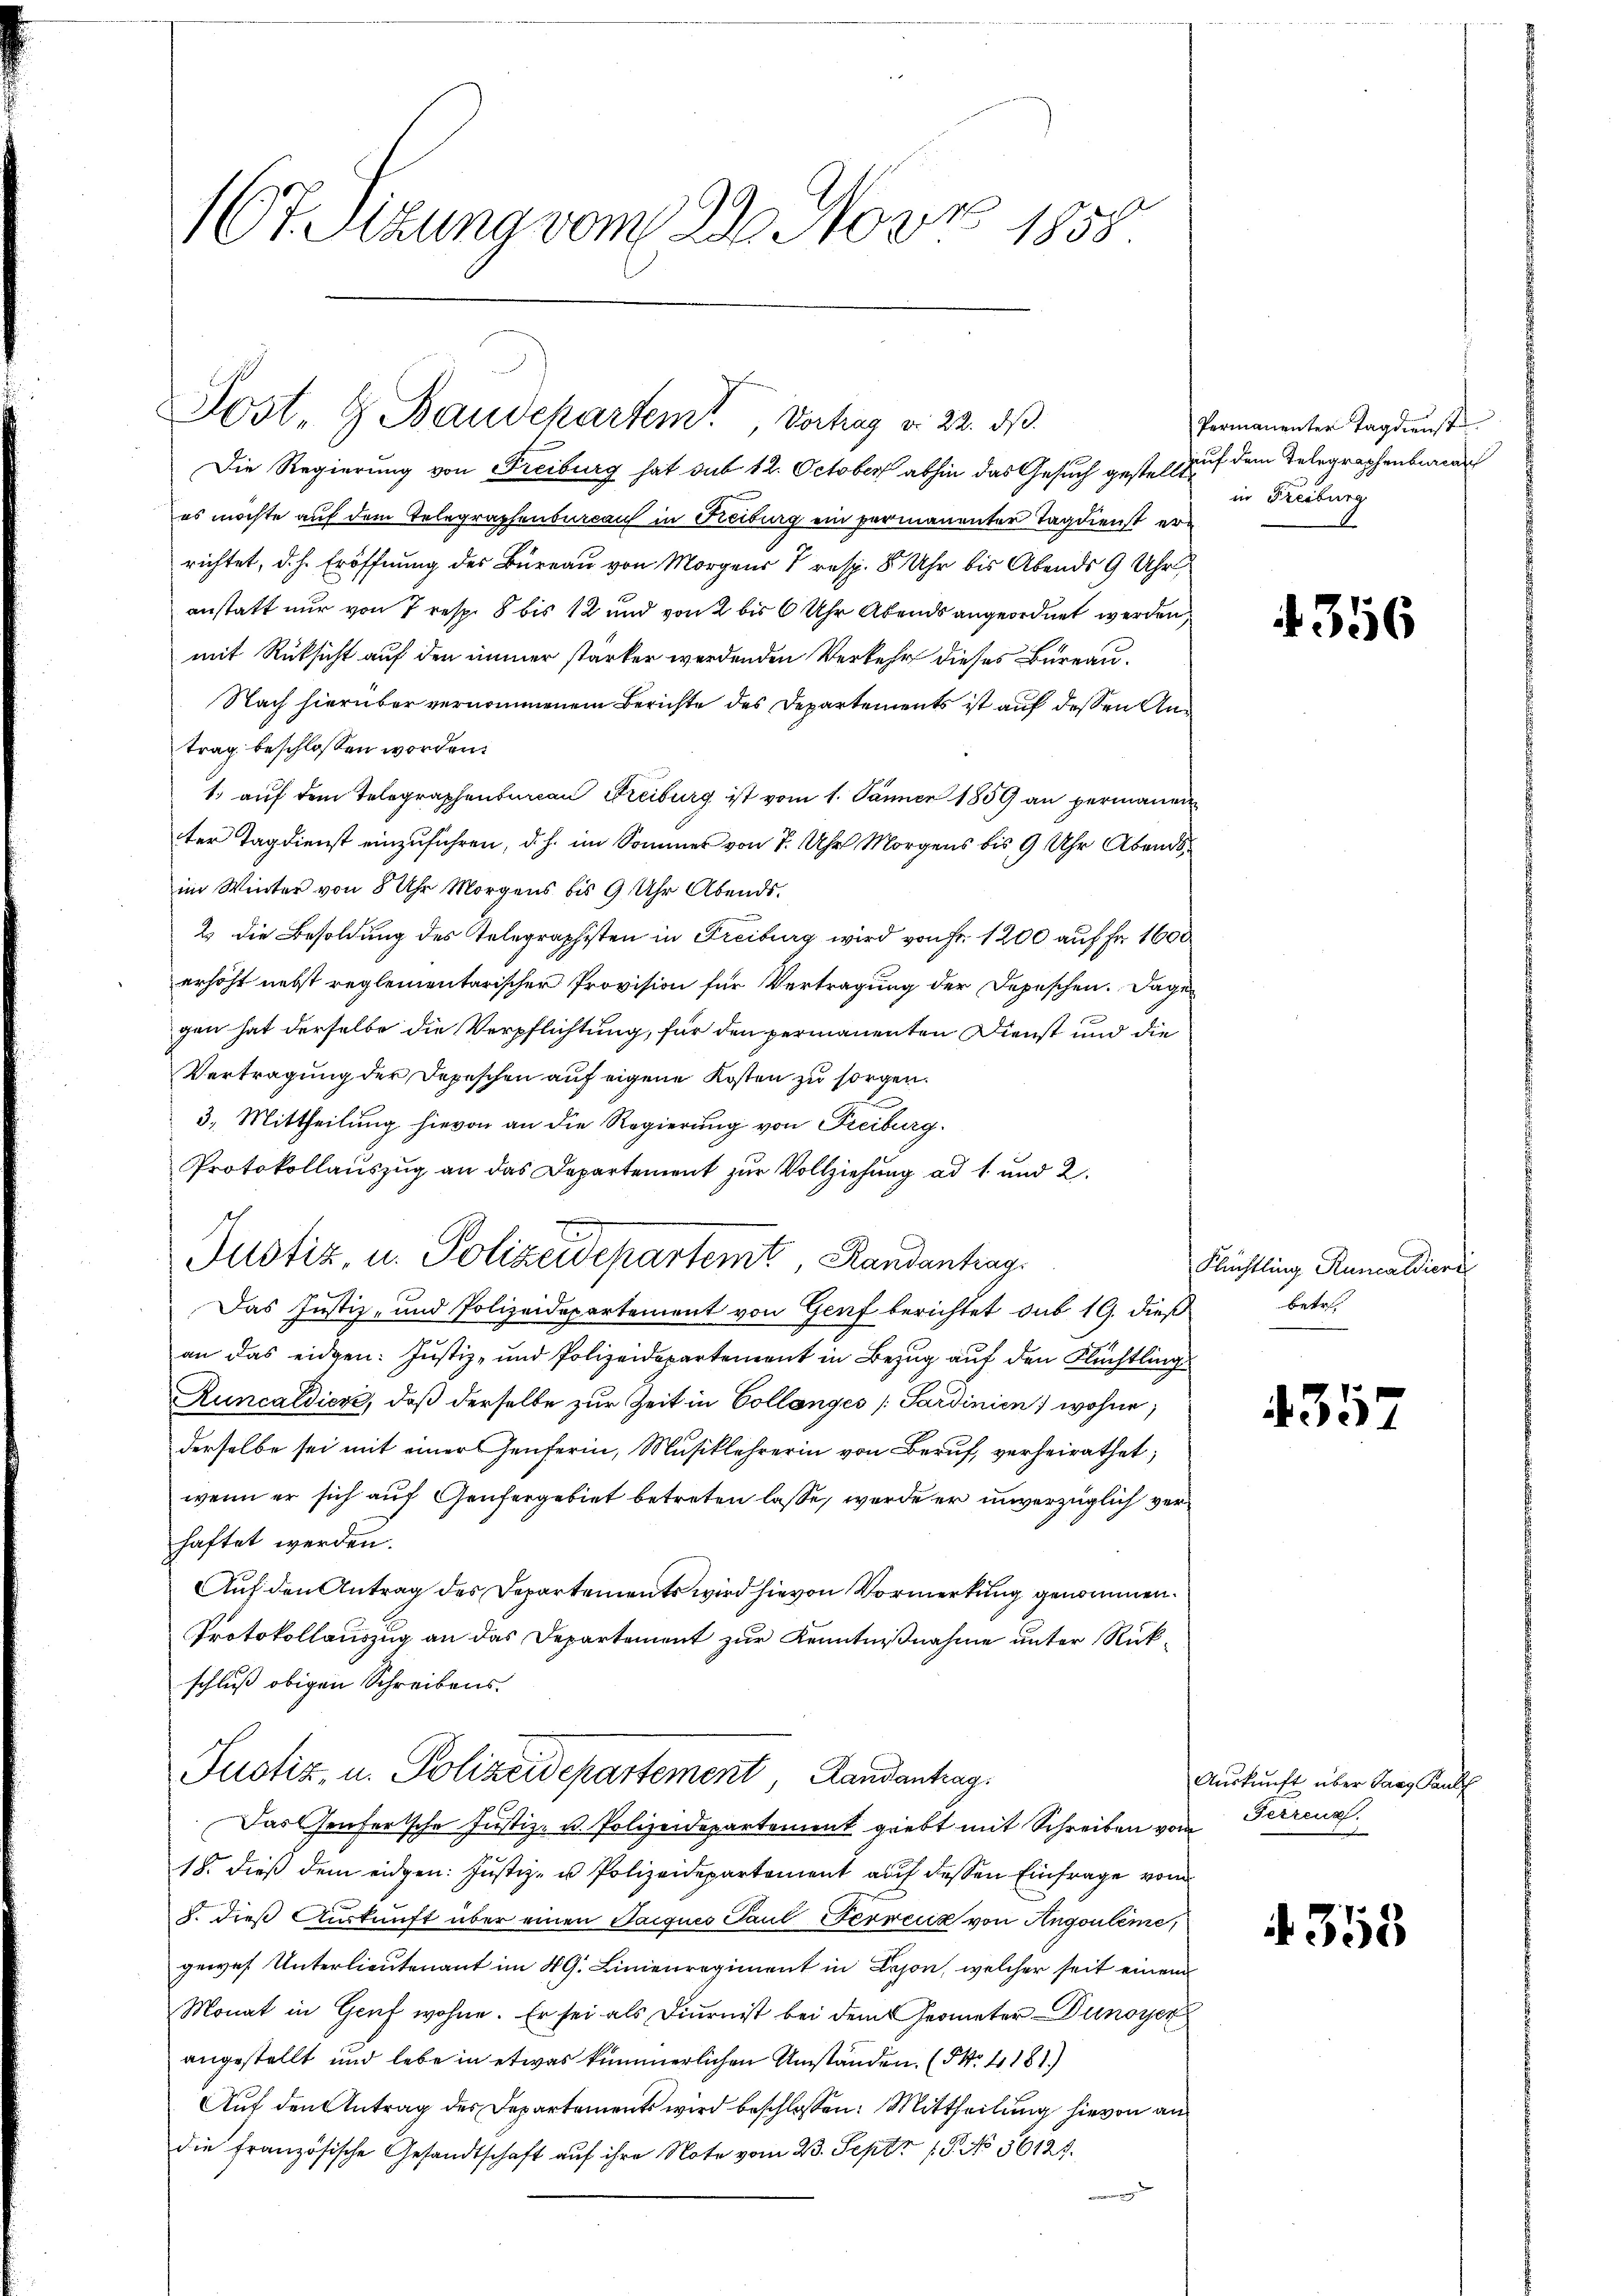
167. Sizung vom 23. Nov. 1858.

Post. G. Bandekartemt, Vortrag v. 22. ds.

Die Regierung von Freiburg hat sub 12. October abhin das Gesuch gestell auf dem Telegraphenburger
es möchte auf dem Telegraphenbureau in Freiburg ein permanenter Tagdienst errichtet, d. h. Eröffnung des Büreau von Morgens 7 resp. 8 Uhr bis Abends 9 Uhr
anstatt nur von 7 resp. 8 bis 12 und von 2 bis 6 Uhr Abends angeordnet werden,
mit Rücksicht auf den immer stärker werdenden Verkehr dieses Bureau¬
Nach hierüber vernommenem Berichte des Departements ist auf dessen Antrag beschlossen worden.
1. aŭf dem Telegraphenbureau Freiburg ist vom 1. Jänner 1859 an permanen
ter Tagdienst einzuführen, d. h. im Sommer von 7. Uhr Morgens bis 9 Uhr Abends
im Winter von 8 Uhr Morgens bis 9 Uhr Abends.
2) die Besoldung des Telegraphisten in Freiburg wird von Fr. 1200 auf Fr. 1600
erhöht nebst reglementarischer Provision für Vertragung der Depeschen. Dagegen hat derselbe die Verpflichtung, für den permanenten Dienst und die
Vertragung der Depeschen auf eigene Kosten zu sorgen.
3. Mittheilung hievon an die Regierung von Freiburg.
Protokollauszug an das Departement zur Vollziehung ad 1. und 2.
Das Justiz- und Polizeidepartement von Genf berichtet sub 19. dieß
an das eidgen: Justiz- und Polizeidepartement in Bezug auf den Flüchtling
Runcaldiere, daß derselbe zur Zeit in Collanges [Sardinien) wohne,
derselbe sei mit einer Genferin, Musiklehrerin von Beruf, verheirathet,
wenn er sich auf Genfergebiet betreten lasse, werde er unverzüglich verhaftet werden.
Auf den Antrag des Departements wird hievon Vormerkung genommen.
Protokollauszug an das Departement zur Kenntnißnahme unter Rückschluß obigen Schreibens.
Justiz, u. Polizeidepartement Landantrag.
Das Genfertsche Justiz- u. Polizeidepartement giebt mit Schreiben vom
18. dieß dem eidgen: Justiz- u Polizeidepartement auf dessen Einfrage vom
J. dieß Auskunft über einen Taiques Paul Ferrenz von Angouleme,
gewes Unterlieutenant im 49. Linienregiment in Beson, welcher seit einem
Monat in Genf wohne. Er sei als Diurnist bei dem Geometer unoyer
angestellt und lebe in etwas kümmerlichen Umständen. (NNo. 4181)
Auf den Antrag des Departements wird beschlossen: Mittheilung hievon andie französische Gesandtschaft auf ihre Note vom 23. Sept. 18. No 56125.

Justiz, u. Polizeidepartemt, Randantrag

Permanenter Tagdinst
in Freiburg

4356

Flüchtling Runcaldiere
betr.

4357

Auskunft über Saaz Pauls
Ferrenz.

4358